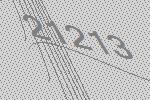
21213